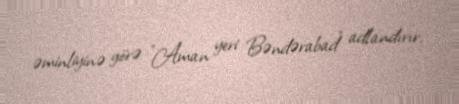
əminliyinə görə "Aman yeri Bəndərabad" adlandırır.